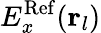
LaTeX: E_{x}^{\mathrm{Ref}}({\mathbf r}_{l})